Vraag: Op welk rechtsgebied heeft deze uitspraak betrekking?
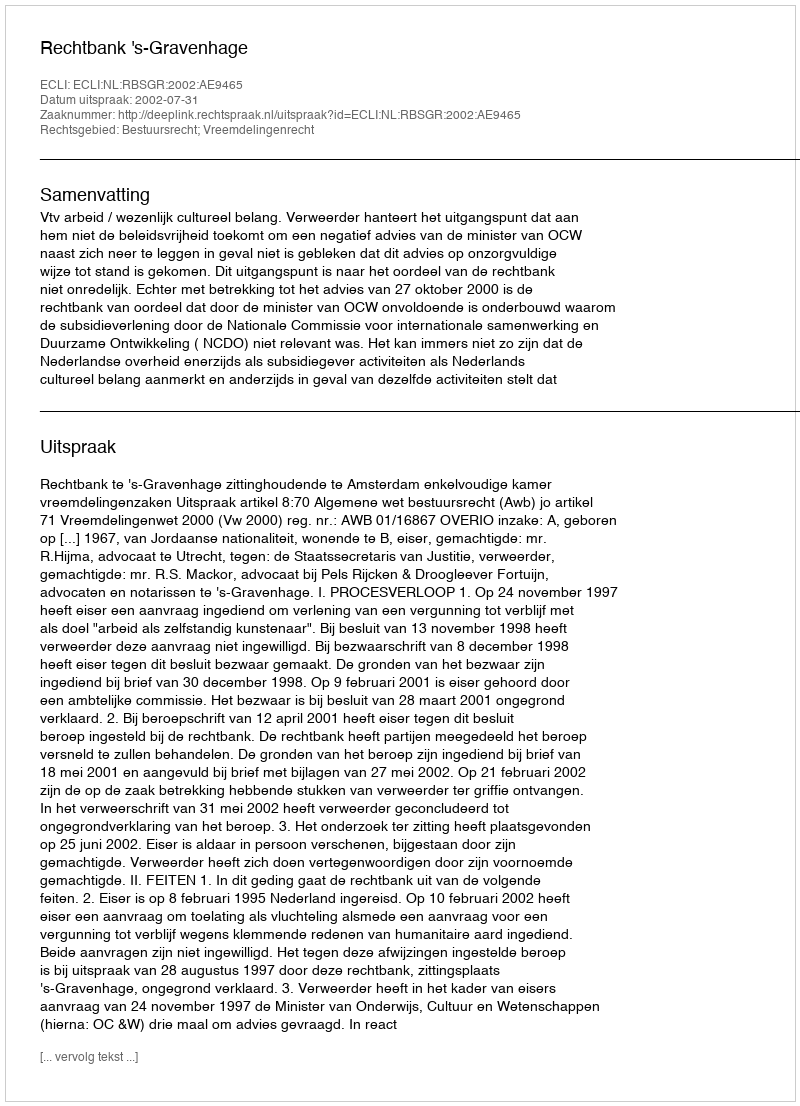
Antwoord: Bestuursrecht; Vreemdelingenrecht